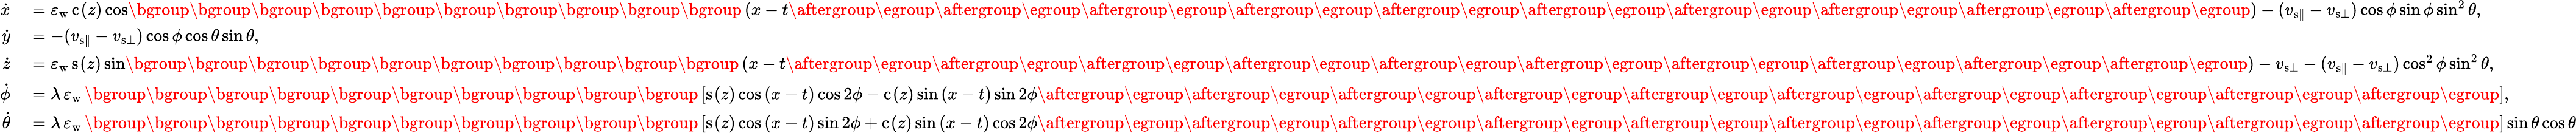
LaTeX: \begin{array}{rl}{\dot{x}}&{{}=\varepsilon_{\mathrm{w}}\, \mathrm{c}_{}(z)\cos\mathopen{}\mathclose\bgroup\mathopen{}\mathclose\bgroup\mathopen{}\mathclose\bgroup\mathopen{}\mathclose\bgroup\mathopen{}\mathclose\bgroup\mathopen{}\mathclose\bgroup\mathopen{}\mathclose\bgroup\mathopen{}\mathclose\bgroup\mathopen{}\mathclose\bgroup\mathopen{}\mathclose\bgroup\left(x-t\aftergroup\egroup\aftergroup\egroup\aftergroup\egroup\aftergroup\egroup\aftergroup\egroup\aftergroup\egroup\aftergroup\egroup\aftergroup\egroup\aftergroup\egroup\aftergroup\egroup\right)-(v_{{\mathrm{s}}\parallel}-v_{{\mathrm{s}}\bot})\cos\phi\sin\phi\sin^{2}\theta,}\\ {\dot{y}}&{{}=-(v_{{\mathrm{s}}\parallel}-v_{{\mathrm{s}}\bot})\cos\phi\cos\theta\sin\theta,}\\ {\dot{z}}&{{}=\varepsilon_{\mathrm{w}}\, \mathrm{s}_{}(z)\sin\mathopen{}\mathclose\bgroup\mathopen{}\mathclose\bgroup\mathopen{}\mathclose\bgroup\mathopen{}\mathclose\bgroup\mathopen{}\mathclose\bgroup\mathopen{}\mathclose\bgroup\mathopen{}\mathclose\bgroup\mathopen{}\mathclose\bgroup\mathopen{}\mathclose\bgroup\mathopen{}\mathclose\bgroup\left(x-t\aftergroup\egroup\aftergroup\egroup\aftergroup\egroup\aftergroup\egroup\aftergroup\egroup\aftergroup\egroup\aftergroup\egroup\aftergroup\egroup\aftergroup\egroup\aftergroup\egroup\right)-v_{{\mathrm{s}}\bot}-(v_{{\mathrm{s}}\parallel}-v_{{\mathrm{s}}\bot})\cos^{2}\phi\sin^{2}\theta,}\\ {\dot{\phi}}&{{}=\lambda\, \varepsilon_{\mathrm{w}}\, \mathopen{}\mathclose\bgroup\mathopen{}\mathclose\bgroup\mathopen{}\mathclose\bgroup\mathopen{}\mathclose\bgroup\mathopen{}\mathclose\bgroup\mathopen{}\mathclose\bgroup\mathopen{}\mathclose\bgroup\mathopen{}\mathclose\bgroup\mathopen{}\mathclose\bgroup\mathopen{}\mathclose\bgroup\left[\mathrm{s}_{}(z)\cos{(x-t)}\cos{2\phi}-\mathrm{c}_{}(z)\sin{(x-t)}\sin{2\phi}\aftergroup\egroup\aftergroup\egroup\aftergroup\egroup\aftergroup\egroup\aftergroup\egroup\aftergroup\egroup\aftergroup\egroup\aftergroup\egroup\aftergroup\egroup\aftergroup\egroup\right],}\\ {\dot{\theta}}&{{}=\lambda\, \varepsilon_{\mathrm{w}}\, \mathopen{}\mathclose\bgroup\mathopen{}\mathclose\bgroup\mathopen{}\mathclose\bgroup\mathopen{}\mathclose\bgroup\mathopen{}\mathclose\bgroup\mathopen{}\mathclose\bgroup\mathopen{}\mathclose\bgroup\mathopen{}\mathclose\bgroup\mathopen{}\mathclose\bgroup\mathopen{}\mathclose\bgroup\left[\mathrm{s}_{}(z)\cos{(x-t)}\sin{2\phi}+\mathrm{c}_{}(z)\sin{(x-t)}\cos{2\phi}\aftergroup\egroup\aftergroup\egroup\aftergroup\egroup\aftergroup\egroup\aftergroup\egroup\aftergroup\egroup\aftergroup\egroup\aftergroup\egroup\aftergroup\egroup\aftergroup\egroup\right]\sin\theta\cos\theta}\end{array}